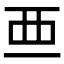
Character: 𧟡